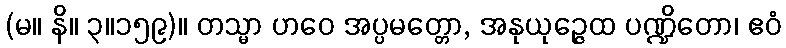
(မ။ နိ။ ၃။၁၅၉)။ တသ္မာ ဟဝေ အပ္ပမတ္တော, အနုယုဉ္ဇေထ ပဏ္ဍိတော၊ ဧဝံ